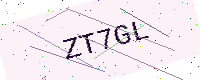
Text: ZT7GL